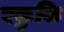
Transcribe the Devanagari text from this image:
एकुकि